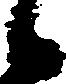
候